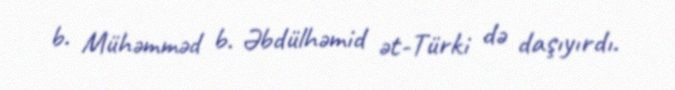
b. Mühəmməd b. Əbdülhəmid ət-Türki də daşıyırdı.